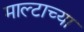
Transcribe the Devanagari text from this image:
माल्टाच्या